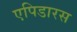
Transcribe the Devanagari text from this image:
एपिडारस